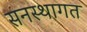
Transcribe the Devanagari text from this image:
सनस्थागत